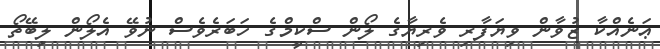
ޢަނެއްކާ ޒުވާން ވިޔަފާރި ވެރިޔާގެ ލޯން ސްކީމްގެ ހަބަރެވެސް ނުވޭ އެލޯން ލިބޭތޯ